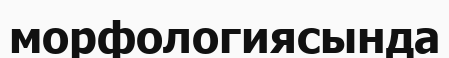
морфологиясында